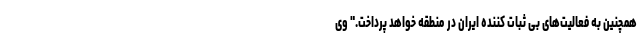
همچنین به فعالیت‌های بی ثبات کننده ایران در منطقه خواهد پرداخت." وی